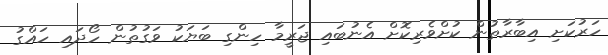
ހަރުކަށި އިބާރާތުން ކުށްވެރިކޮށް އެނުބައި ޖަރީމާ ހިންގި ބަޔަކު ވަގުތުން ހޯދައި ހައްގު